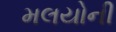
મલયોની